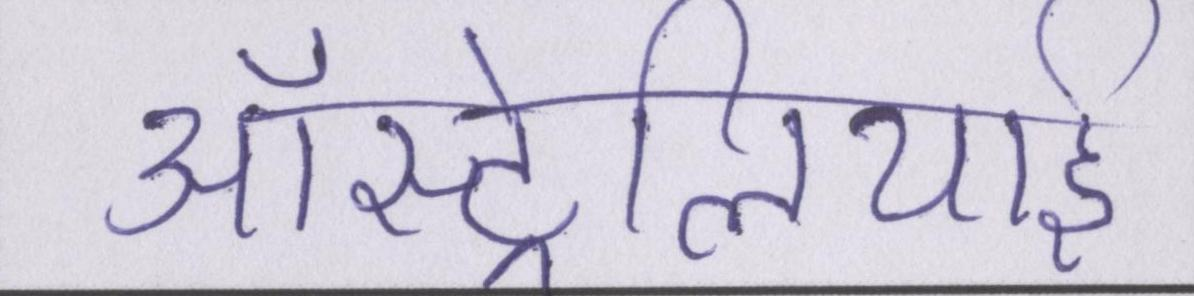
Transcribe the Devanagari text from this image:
ऑस्ट्रेलियाई